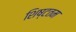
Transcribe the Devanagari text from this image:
शिष्टतम